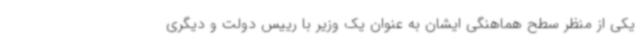
یکی از منظر سطح هماهنگی ایشان به عنوان یک وزیر با رییس دولت و دیگری